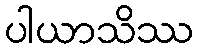
ပါယာသိဿ